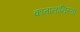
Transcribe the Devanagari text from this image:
कातालानिस्ता